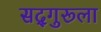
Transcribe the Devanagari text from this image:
सद्‌गुरूला